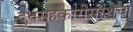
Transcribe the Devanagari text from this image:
दुधसहकारीसंस्थेचा